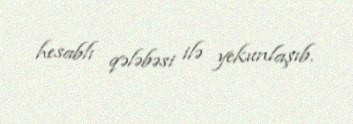
hesablı qələbəsi ilə yekunlaşıb.